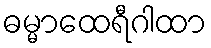
ဓမ္မာထေရီဂါထာ